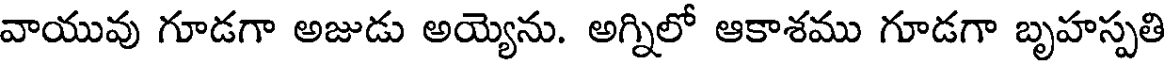
వాయువు గూడగా అజుడు అయ్యెను. అగ్నిలో ఆకాశము గూడగా బృహస్పతి